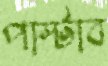
পাল্টাব